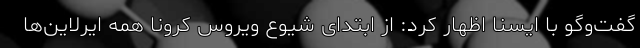
گفت‌وگو با ایسنا اظهار کرد: از ابتدای شیوع ویروس کرونا همه ایرلاین‌ها